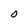
Character: O